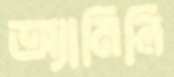
অ্যামিলি